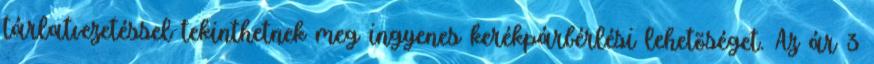
tárlatvezetéssel tekinthetnek meg ingyenes kerékpárbérlési lehetõséget. Az ár 3